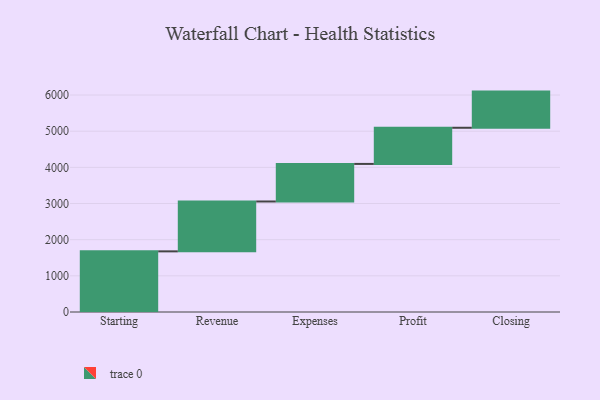
{"axis": {"x": "Step", "y": "Value"}, "legend": [""], "data": [{"x": "Starting", "y": 1677.0, "type": ""}, {"x": "Revenue", "y": 1379.0, "type": ""}, {"x": "Expenses", "y": 1039.0, "type": ""}, {"x": "Profit", "y": 1000, "type": ""}, {"x": "Closing", "y": 1000, "type": ""}]}